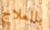
بالعلاج